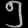
Digit: ၅